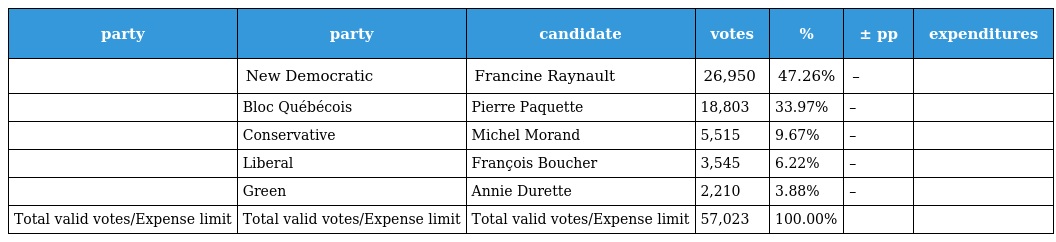
| party | party | candidate | votes | % | ± pp | expenditures |
 | --- | --- | --- | --- | --- | --- | --- |
 |  | New Democratic | Francine Raynault | 26,950 | 47.26% | – |  |
 |  | Bloc Québécois | Pierre Paquette | 18,803 | 33.97% | – |  |
 |  | Conservative | Michel Morand | 5,515 | 9.67% | – |  |
 |  | Liberal | François Boucher | 3,545 | 6.22% | – |  |
 |  | Green | Annie Durette | 2,210 | 3.88% | – |  |
 | Total valid votes/Expense limit | Total valid votes/Expense limit | Total valid votes/Expense limit | 57,023 | 100.00% |  |  |